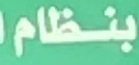
بنظام